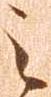
之